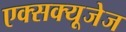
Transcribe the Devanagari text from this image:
एक्सक्यूजेज